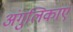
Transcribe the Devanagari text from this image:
अंगुलिकाएं